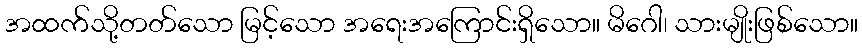
အထက်သို့တတ်သော မြင့်သော အရေးအကြောင်းရှိသော။ မိဂေါ၊ သားမျိုးဖြစ်သော။